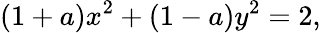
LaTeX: (1+a)x^{2}+(1-a)y^{2}=2,